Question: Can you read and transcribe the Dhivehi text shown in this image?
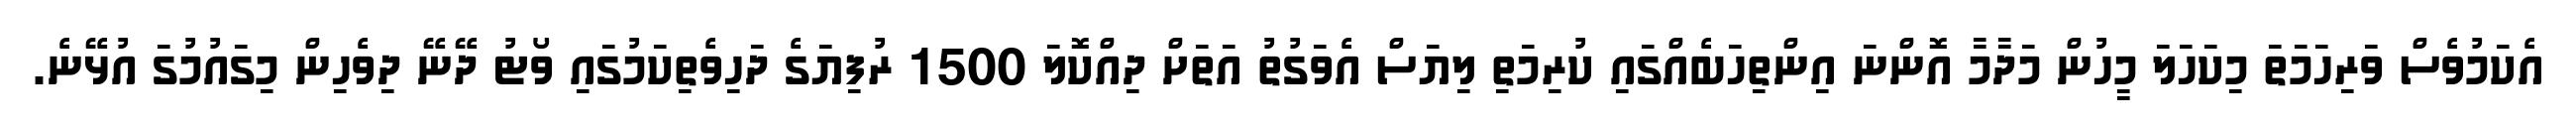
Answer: އެކަމުވެސް ވަރިހަމަތަ މިކަހަލަ މީހުން މަދާމާ އޮންނަ އިންތިހަބެއްގައި ކުރިމަތި ލިޔަސް އެވަގުތު އަތަށް ދިއްކޮލަ 1500 ރުފިޔަގެ ދަހިވެތިކަމުގައި ވޯޓު ދޭނޭ ދިވެހިން މިގައުމުގަ އުޅޭނެ.